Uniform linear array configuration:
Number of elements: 48
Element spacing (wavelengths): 0.25
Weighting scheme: kaiser
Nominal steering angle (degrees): -60
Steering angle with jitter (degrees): -58.351
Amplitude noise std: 0.05
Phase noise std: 0.05

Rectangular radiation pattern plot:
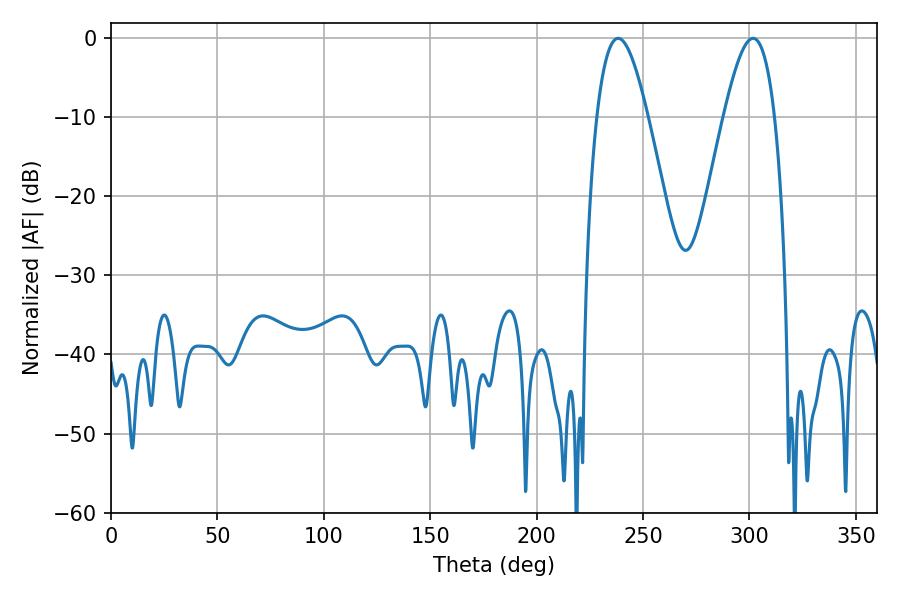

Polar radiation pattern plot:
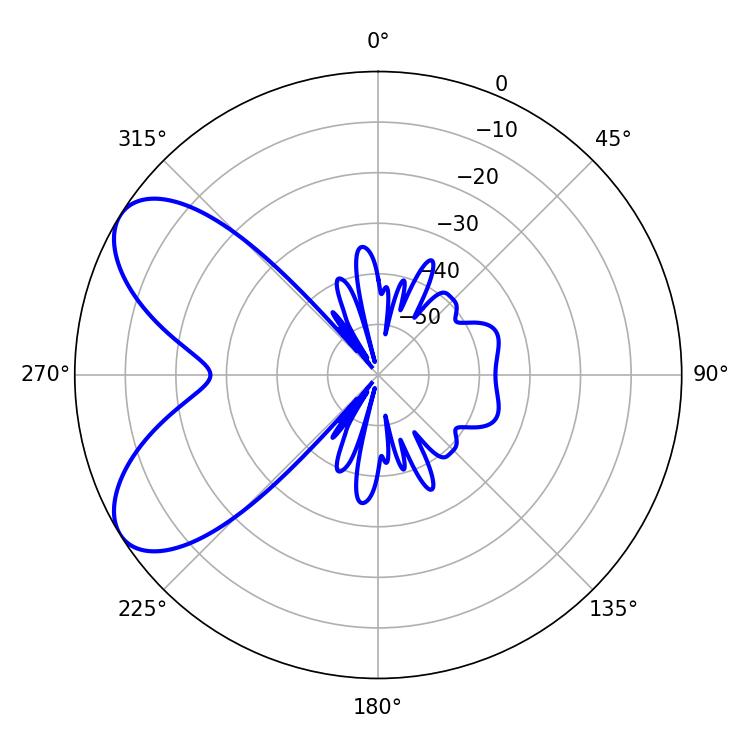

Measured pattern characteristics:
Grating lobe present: FALSE
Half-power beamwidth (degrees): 12.96
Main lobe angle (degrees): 238.32